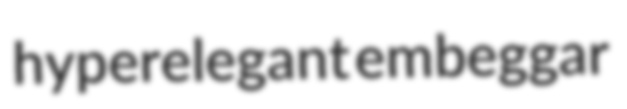
hyperelegant embeggar